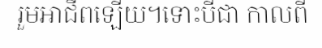
រួមអាជីពឡើយ។ទោះបីជា កាលពី